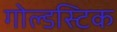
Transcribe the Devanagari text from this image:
गोल्डस्टिक